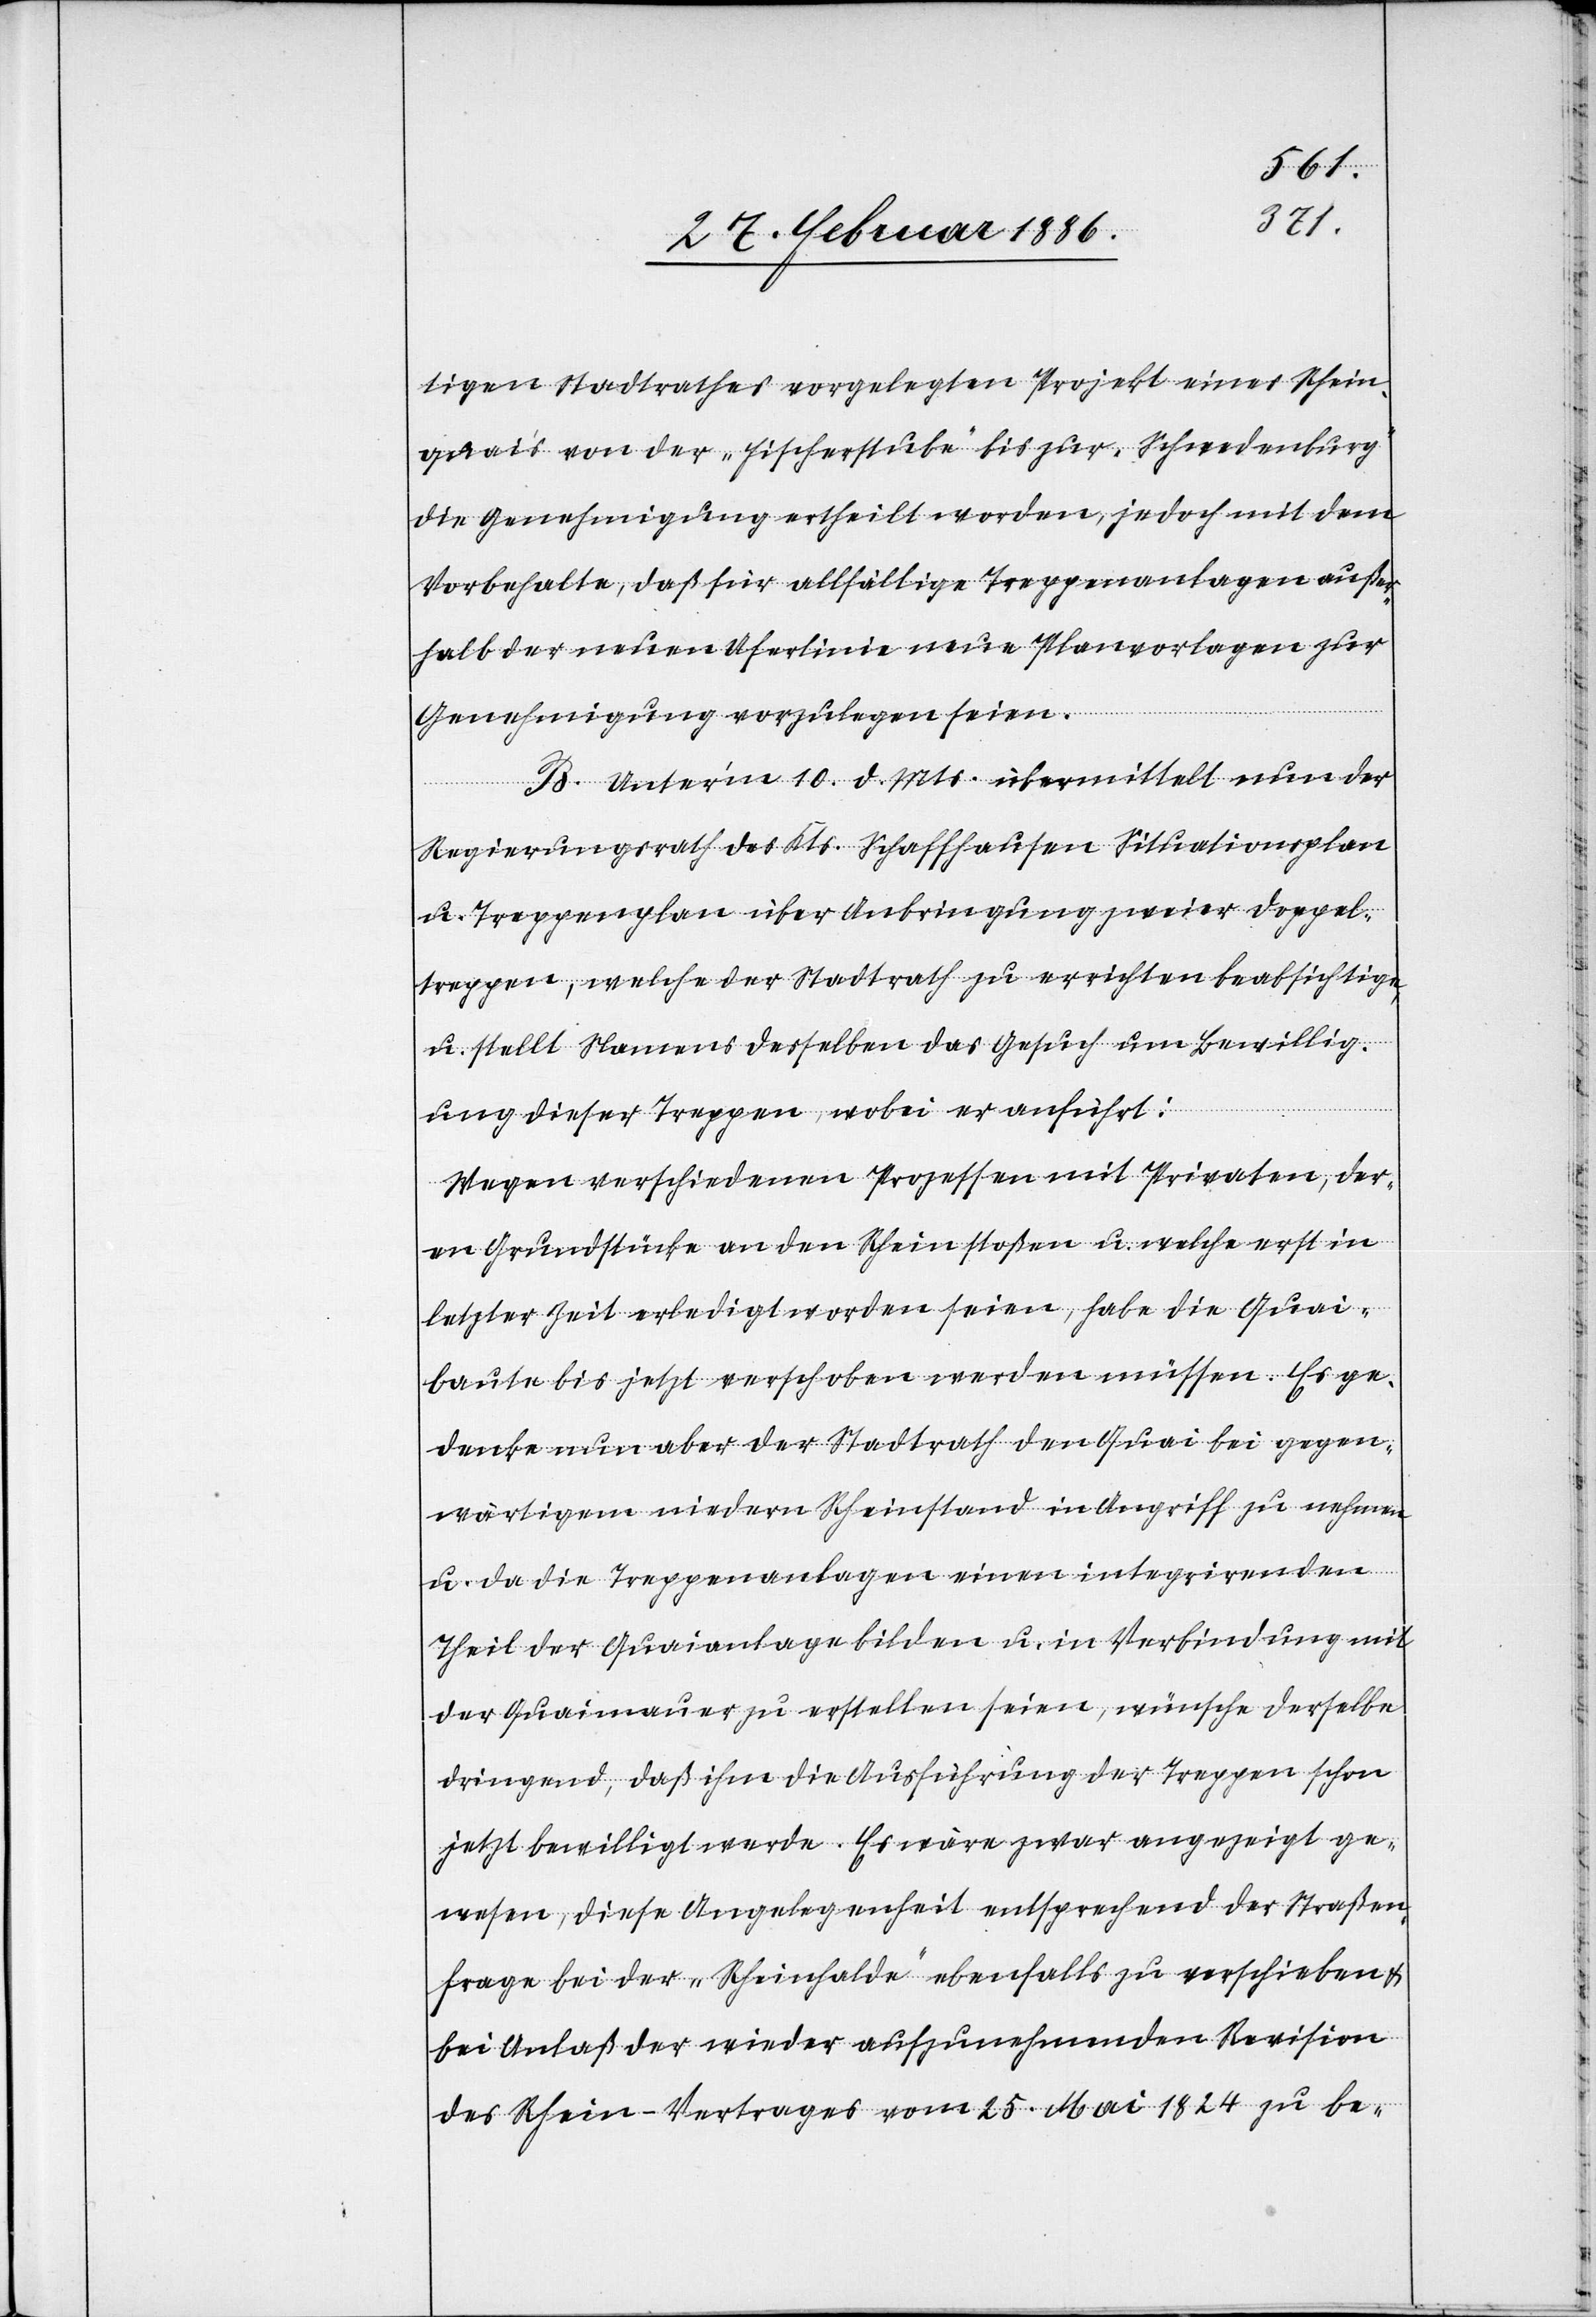
tigen Stadtrathes vorgelegten Projekt eines Rhein¬
quai’s von der „Fischerstube“ bis zur „Schwedenburg“
die Genehmigung ertheilt worden, jedoch mit dem
Vorbehalte, daß für allfällige Treppenanlagen außer¬
halb der neuen Uferlinie neue Planvorlagen zur
Genehmigung vorzulegen seien.
B. Unter’m 10. d. Mts. übermittelt nun der
Regierungsrath des Kts. Schaffhausen Situationsplan
u. Treppenplan über Anbringung zweier Doppel¬
treppen, welche der Stadtrath zu errichten beabsichtige,
u. stellt Namens desselben das Gesuch um Bewillig¬
ung dieser Treppen, wobei er anführt:
Wegen verschiedenen Prozessen mit Privaten, der¬
en Grundstücke an den Rhein stoßen u. welche erst in
letzter Zeit erledigt worden seien, habe die Quai¬
baute bis jetzt verschoben werden müssen. Es ge¬
denke nun aber der Stadtrath den Quai bei gegen¬
wärtigen niedern Rheinstand in Angriff zu nehmen
u. da die Treppenanlagen eine integrirenden
Theil der Quaianlage bilden u. in Verbindung mit
der Quaimauer zu erstellen seien, wünsche derselbe
dringend, daß ihm die Ausführung der Treppen schon
jetzt bewilligt werde. Es wäre zwar angezeigt ge¬
wesen, diese Angelegenheit entsprechend der Straßen¬
frage bei der „Rheinhalde“ ebenfalls zu verschieben &
bei Anlaß der wieder aufzunehmenden Revision
des Rhein-Vertrages vom 25. Mai 1824 zu be-